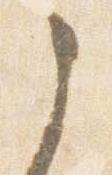
之